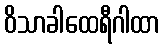
ဝိသာခါထေရီဂါထာ